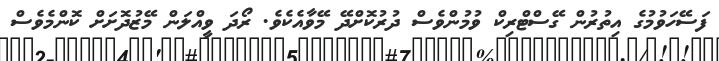
ފަސޭހަވުމުގެ އިތުރުން ގޭސްޓްރިކް ވުމުންވެސް ދުރުކޮށްދޭ މޭވާއެކެވެ. ރޯދަ ވީއްލަން މޭޒުދޮށަށް ކޮންމެވެސް